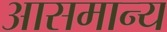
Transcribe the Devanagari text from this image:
आसमान्य